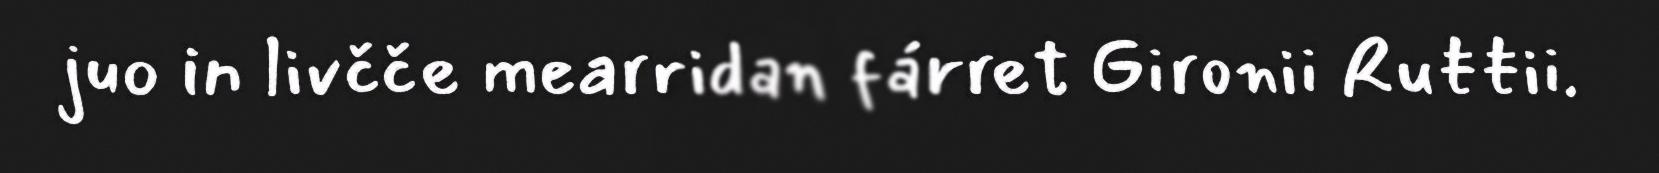
juo in livčče mearridan fárret Gironii Ruŧŧii.